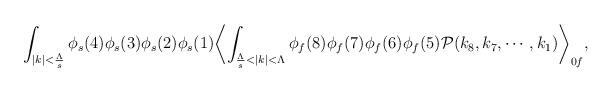
LaTeX: \begin{align*} \int_{|k|<\frac{\Lambda}{s}}\phi_s(4)\phi_s(3)\phi_s(2)\phi_s(1)\biggl<\int_{\frac{\Lambda}{s}<|k|<\Lambda}\phi_f(8)\phi_f(7)\phi_f(6)\phi_f(5){\cal P}(k_8,k_7,\cdots,k_1)\biggr>_{0f},\end{align*}